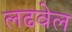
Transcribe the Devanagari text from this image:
लढवेल